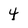
Character: 4